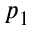
p _ { 1 }